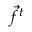
\vec { f } ^ { t }